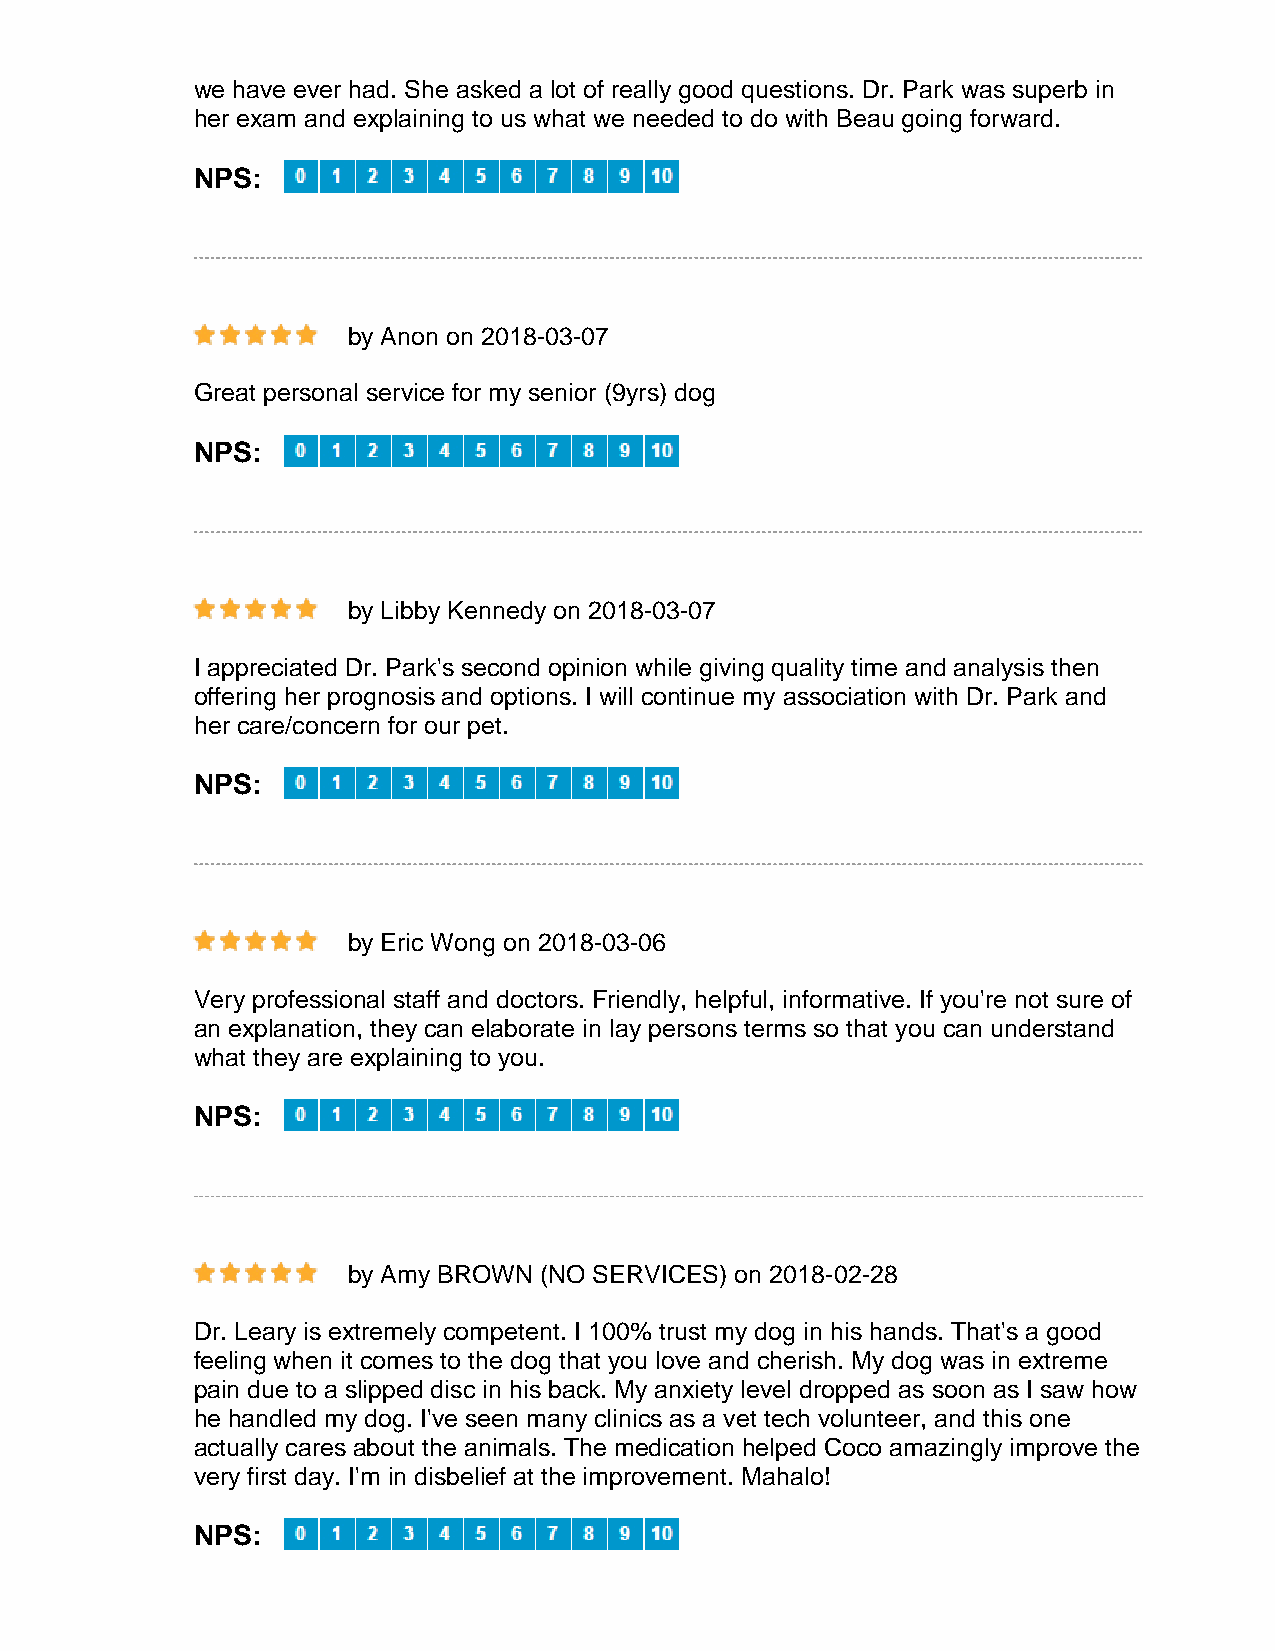
we have ever had. She asked a lot of really good questions. Dr. Park was superb in
 her exam and explaining to us what we needed to do with Beau going forward.
 NPS:
 by Anon on 2018-03-07
 Great personal service for my senior (9yrs) dog
 NPS:
 by Libby Kennedy on 2018-03-07
 I appreciated Dr. Park's second opinion while giving quality time and analysis then
 offering her prognosis and options. I will continue my association with Dr. Park and
 her care/concern for our pet.
 NPS:
 by Eric Wong on 2018-03-06
 Very professional staff and doctors. Friendly, helpful, informative. If you're not sure of
 an explanation, they can elaborate in lay persons terms so that you can understand
 what they are explaining to you.
 NPS:
 by Amy BROWN (NO SERVICES) on 2018-02-28
 Dr. Leary is extremely competent. I 100% trust my dog in his hands. That's a good
 feeling when it comes to the dog that you love and cherish. My dog was in extreme
 pain due to a slipped disc in his back. My anxiety level dropped as soon as I saw how
 he handled my dog. I've seen many clinics as a vet tech volunteer, and this one
 actually cares about the animals. The medication helped Coco amazingly improve the
 very first day. I'm in disbelief at the improvement. Mahalo!
 NPS: